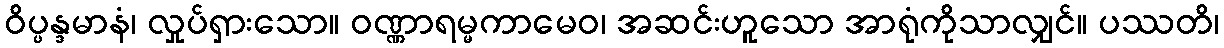
ဝိပ္ပန္ဒမာနံ၊ လှုပ်ရှားသော။ ဝဏ္ဏာရမ္မကာမေဝ၊ အဆင်းဟူသော အာရုံကိုသာလျှင်။ ပဿတိ၊